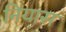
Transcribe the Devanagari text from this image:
नियास